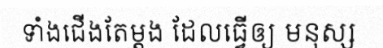
ទាំងជើងតែម្តង ដែលធ្វើឲ្យ មនុស្ស